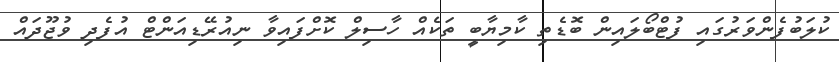
ކުލަބުފެންވަރުގައި ފުޓްބޯލައިން ބޮޑެތި ކާމިޔާބީ ތަކެއް ހާސިލް ކޮށްފައިވާ ނިއުރޭޑިއަންޓް އުފެދި ވުޖޫދައް